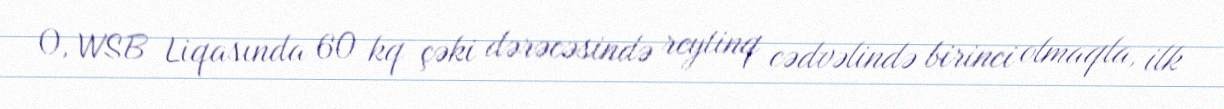
O, WSB Liqasında 60 kq çəki dərəcəsində reytinq cədvəlində birinci olmaqla, ilk